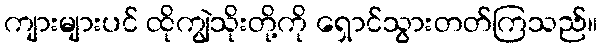
ကျားများပင် ထိုကျွဲသိုးတို့ကို ရှောင်သွားတတ်ကြသည်။